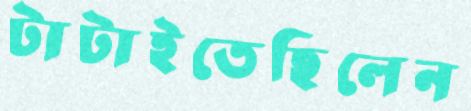
টাটাইতেছিলেন